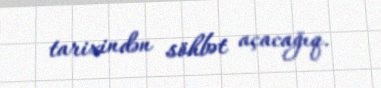
tarixindən söhbət açacağıq.